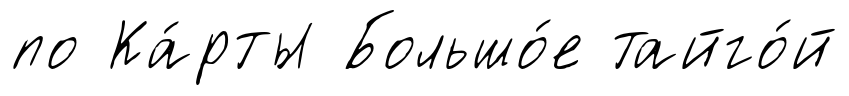
по Ка́рты Большо́е тайго́й